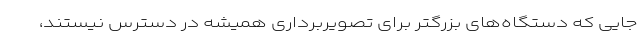
جایی که دستگاه‌های بزرگتر برای تصویربرداری همیشه در دسترس نیستند،